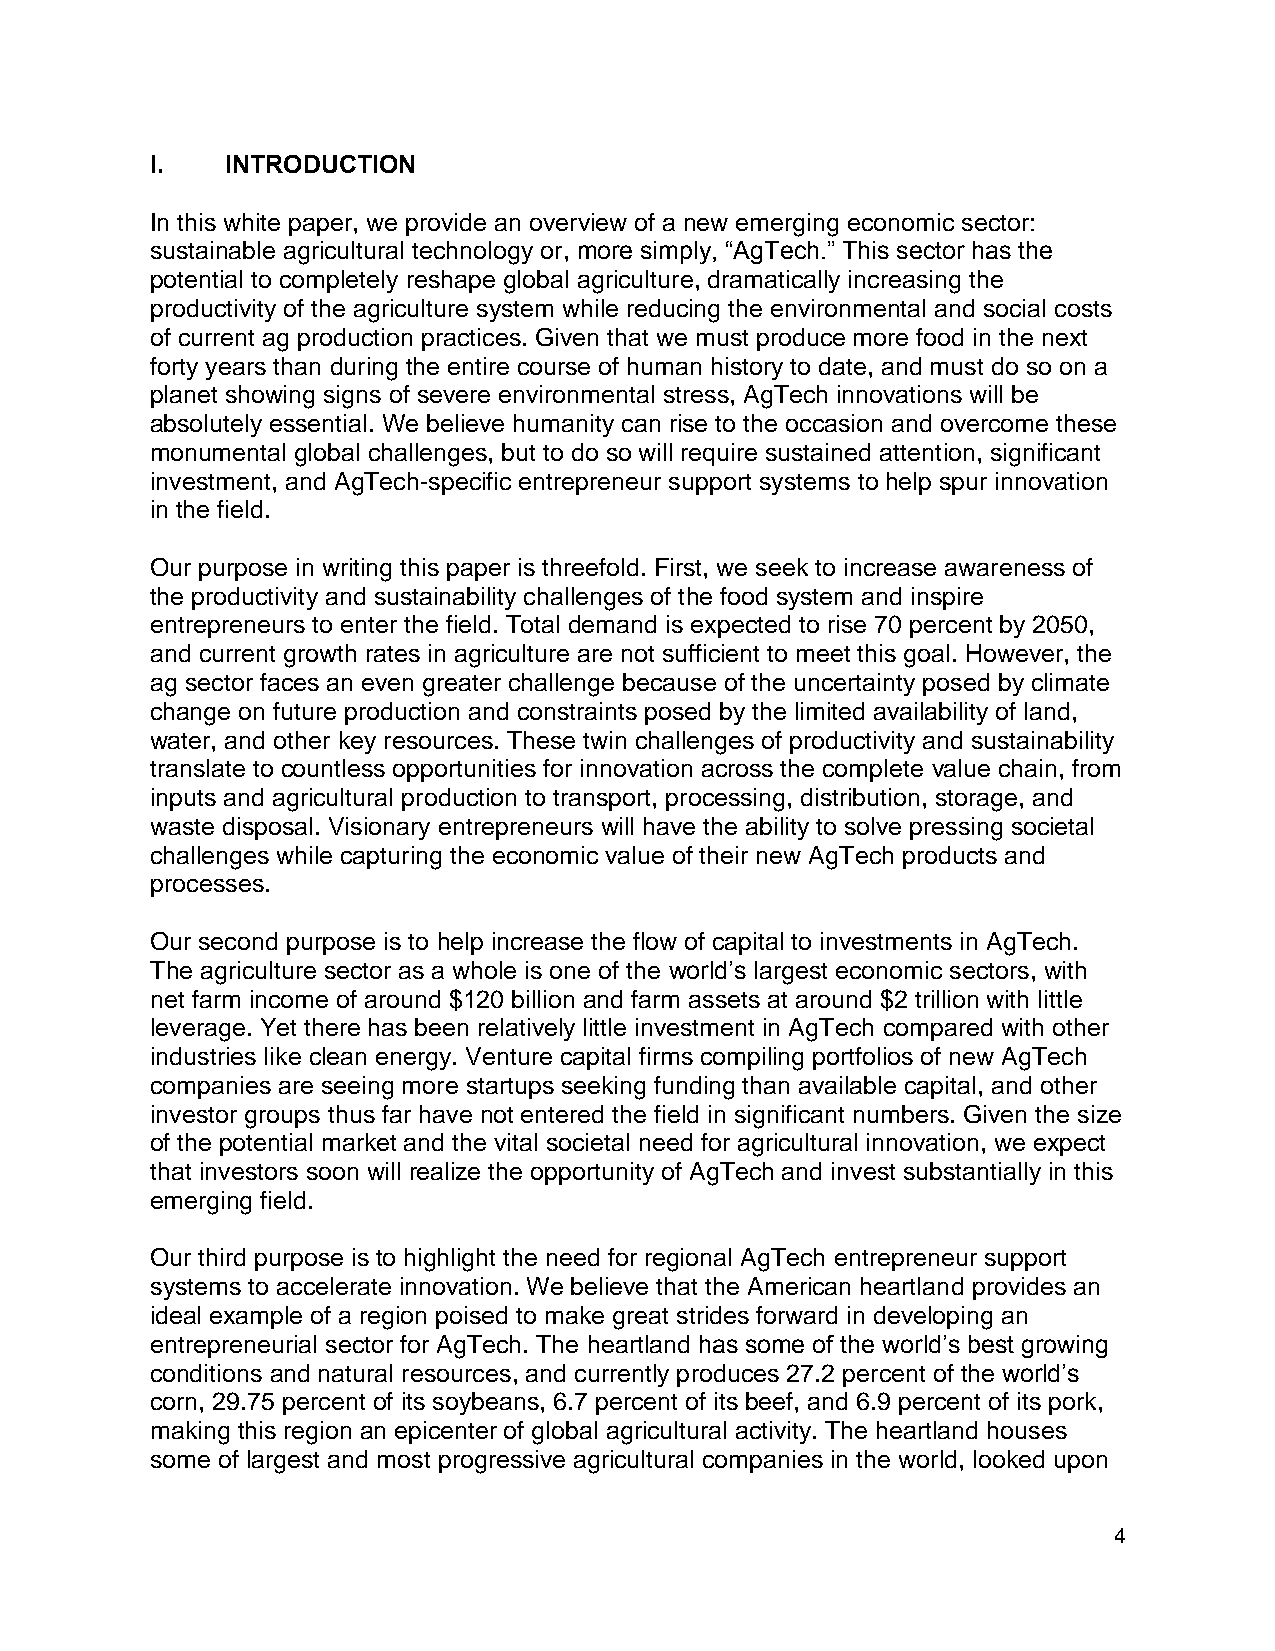
I.   INTRODUCTION
 In this white paper, we provide an overview of a new emerging economic sector:
 sustainable agricultural technology or, more simply, “AgTech.” This sector has the
 potential to completely reshape global agriculture, dramatically increasing the
 productivity of the agriculture system while reducing the environmental and social costs
 of current ag production practices. Given that we must produce more food in the next
 forty years than during the entire course of human history to date, and must do so on a
 planet showing signs of severe environmental stress, AgTech innovations will be
 absolutely essential. We believe humanity can rise to the occasion and overcome these
 monumental global challenges, but to do so will require sustained attention, significant
 investment, and AgTech-specific entrepreneur support systems to help spur innovation
 in the field.
 Our purpose in writing this paper is threefold. First, we seek to increase awareness of
 the productivity and sustainability challenges of the food system and inspire
 entrepreneurs to enter the field. Total demand is expected to rise 70 percent by 2050,
 and current growth rates in agriculture are not sufficient to meet this goal. However, the
 ag sector faces an even greater challenge because of the uncertainty posed by climate
 change on future production and constraints posed by the limited availability of land,
 water, and other key resources. These twin challenges of productivity and sustainability
 translate to countless opportunities for innovation across the complete value chain, from
 inputs and agricultural production to transport, processing, distribution, storage, and
 waste disposal. Visionary entrepreneurs will have the ability to solve pressing societal
 challenges while capturing the economic value of their new AgTech products and
 processes.
 Our second purpose is to help increase the flow of capital to investments in AgTech.
 The agriculture sector as a whole is one of the world’s largest economic sectors, with
 net farm income of around $120 billion and farm assets at around $2 trillion with little
 leverage. Yet there has been relatively little investment in AgTech compared with other
 industries like clean energy. Venture capital firms compiling portfolios of new AgTech
 companies are seeing more startups seeking funding than available capital, and other
 investor groups thus far have not entered the field in significant numbers. Given the size
 of the potential market and the vital societal need for agricultural innovation, we expect
 that investors soon will realize the opportunity of AgTech and invest substantially in this
 emerging field.
 Our third purpose is to highlight the need for regional AgTech entrepreneur support
 systems to accelerate innovation. We believe that the American heartland provides an
 ideal example of a region poised to make great strides forward in developing an
 entrepreneurial sector for AgTech. The heartland has some of the world’s best growing
 conditions and natural resources, and currently produces 27.2 percent of the world’s
 corn, 29.75 percent of its soybeans, 6.7 percent of its beef, and 6.9 percent of its pork,
 making this region an epicenter of global agricultural activity. The heartland houses
 some of largest and most progressive agricultural companies in the world, looked upon
 4